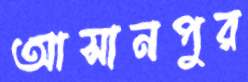
আসানপুর